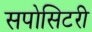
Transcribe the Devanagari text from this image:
सपोसिटरी